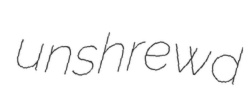
unshrewd